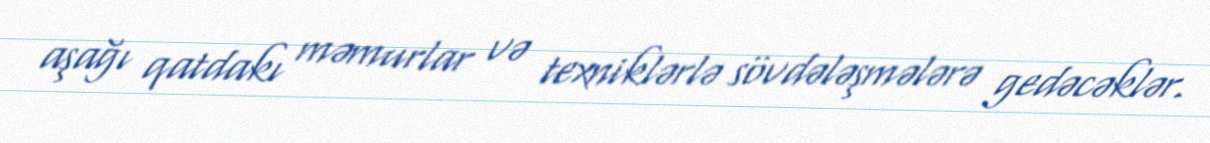
aşağı qatdakı məmurlar və texniklərlə sövdələşmələrə gedəcəklər.